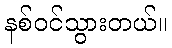
နစ်ဝင်သွားတယ်။